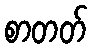
စာတတ်